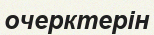
очерктерін